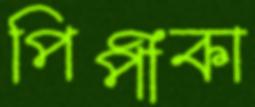
পিপীকা